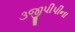
૩જીપીપીના